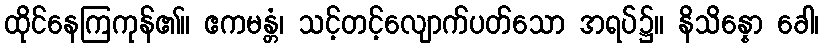
ထိုင်နေကြကုန်၏။ ဧကမန္တံ၊ သင့်တင့်လျောက်ပတ်သော အရပ်၌။ နိသိန္နော ခေါ၊